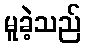
မူခဲ့သည်